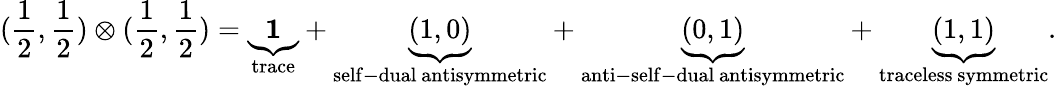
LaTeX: (\frac{1}{2},\frac{1}{2})\otimes(\frac{1}{2},\frac{1}{2})=\underbrace{\mathbf{1}}_{\mathrm{trace}}+\underbrace{(1,0)}_{\mathrm{self-dual~antisymmetric}}+\underbrace{(0,1)}_{\mathrm{anti-self-dual~antisymmetric}}+\underbrace{(1,1)}_{\mathrm{traceless~symmetric}}.